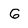
Character: G